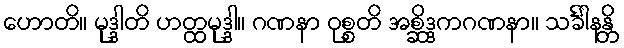
ဟောတိ။ မုဒ္ဒါတိ ဟတ္ထမုဒ္ဒါ။ ဂဏနာ ဝုစ္စတိ အစ္ဆိဒ္ဒကဂဏနာ။ သင်္ခါနန္တိ